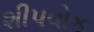
શીપવોક